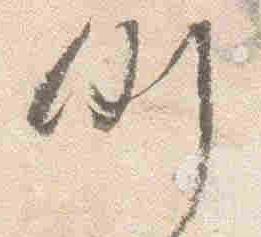
例